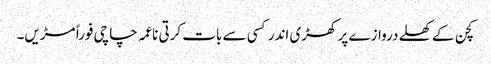
کچن کے کھلے دروازے پر کھڑی اندر کسی سے بات کرتی ناعمہ چاچی فوراً مڑیں۔